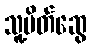
သူ့မိတ်ဆွေ